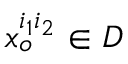
x _ { o } ^ { i _ { 1 } i _ { 2 } } \in D